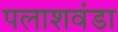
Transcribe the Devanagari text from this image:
पलाशवंडा